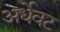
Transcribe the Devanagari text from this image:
अर्धेवट